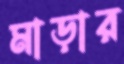
মাড়ার